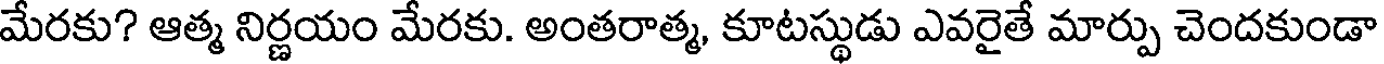
మేరకు? ఆత్మ నిర్ణయం మేరకు. అంతరాత్మ, కూటస్థుడు ఎవరైతే మార్పు చెందకుండా